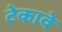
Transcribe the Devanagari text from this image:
टेकावे